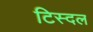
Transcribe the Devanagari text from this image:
टिस्दल